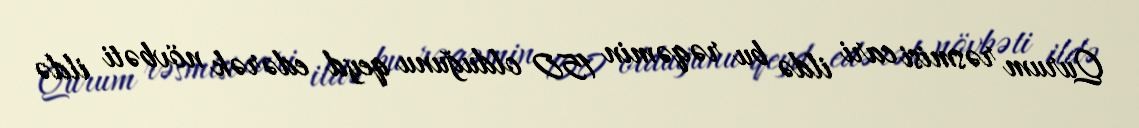
Qurum rəsmisi cari ildə bu rəqəmin 150 olduğunu qeyd edərək növbəti ildə